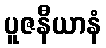
ပူဇနီယာနံ